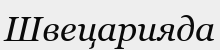
Швецарияда